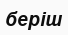
беріш